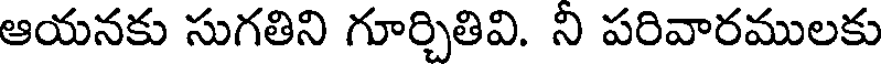
ఆయనకు సుగతిని గూర్చితివి. ని పరివారములకు